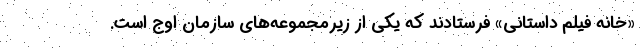
«خانه فیلم داستانی» فرستادند که یکی از زیرمجموعه‌های سازمان اوج است.